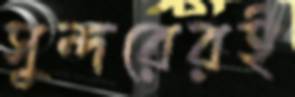
সুন্দরেরই